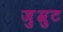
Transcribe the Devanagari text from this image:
ज़ुम्रुट